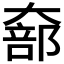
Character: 𫯵